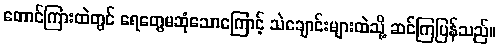
တောင်ကြားထဲတွင် ရေတွေမဆုံသောကြောင့် သဲချောင်းများထဲသို့ ဆင်ကြပြန်သည်။